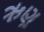
ઋણ